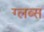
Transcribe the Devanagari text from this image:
ग्लब्स